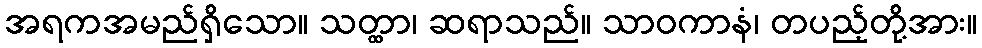
အရကအမည်ရှိသော။ သတ္ထာ၊ ဆရာသည်။ သာဝကာနံ၊ တပည့်တို့အား။